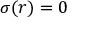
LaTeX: \sigma ( r ) = 0